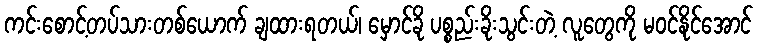
ကင်းစောင့်တပ်သားတစ်ယောက် ချထားရတယ်၊ မှောင်ခို ပစ္စည်းခိုးသွင်းတဲ့ လူတွေကို မဝင်နိုင်အောင်